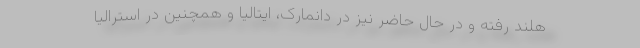
هلند رفته و در حال حاضر نیز در دانمارک، ایتالیا و همچنین در استرالیا